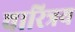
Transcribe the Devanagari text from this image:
चारित्रय